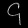
Digit: ၄